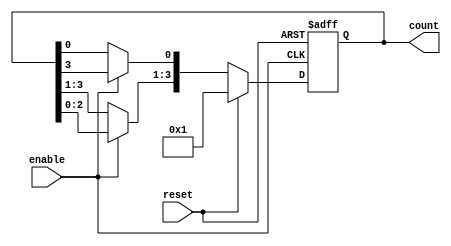
module async_ring_counter #(
    parameter N = 4  // Number of flip-flops
)(
    input wire reset,  // Asynchronous reset
    input wire enable, // Enable signal for state transition
    output reg [N-1:0] count // Output of the ring counter
);

// Internal signal to hold the next state
reg [N-1:0] next_count;

// Always block for asynchronous reset and state transition
always @(*) begin
    if (reset) begin
        // Initialize the counter to the first state
        next_count = 1'b1; // Only the first flip-flop is set to '1'
    end else if (enable) begin
        // Shift the '1' to the next flip-flop in a ring manner
        next_count = {count[N-2:0], count[N-1]}; // Shift left
        next_count[0] = count[N-1]; // Feedback from the last flip-flop
    end else begin
        // Hold the current state if not enabled
        next_count = count;
    end
end

// Always block for updating the counter on the next clock edge
always @(posedge enable or posedge reset) begin
    if (reset) begin
        count <= 1'b1; // Initialize to the first state
    end else begin
        count <= next_count; // Update the counter
    end
end

endmodule